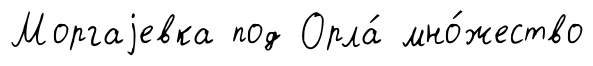
Моргаjевка под Орла́ мно́жество